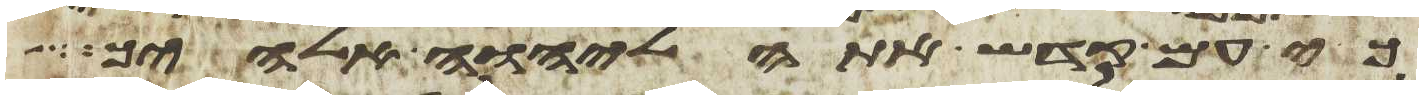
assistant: כי עם קדש אתה ליהוה אלהיך